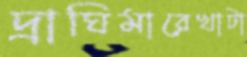
দ্রাঘিমারেখাটা